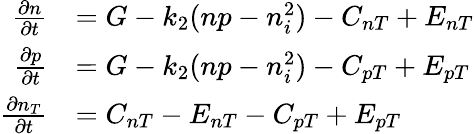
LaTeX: \begin{array}{rl}{\frac{\partial n}{\partial t}}&{=G-k_{2}(np-n_{i}^{2})-C_{nT}+E_{nT}}\\ {\frac{\partial p}{\partial t}}&{=G-k_{2}(np-n_{i}^{2})-C_{pT}+E_{pT}}\\ {\frac{\partial n_{T}}{\partial t}}&{=C_{nT}-E_{nT}-C_{pT}+E_{pT}}\end{array}